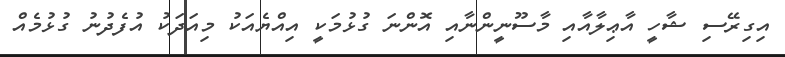
އިގިރޭސި ޝާހީ އާޢިލާއާއި މާސޫނީންނާއި އޮންނަ ގުޅުމަކީ އިއްޔެއަކު މިއަދަކު އުފެދުނު ގުޅުމެއް